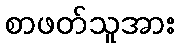
စာဖတ်သူအား